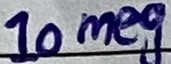
Text: 10meg